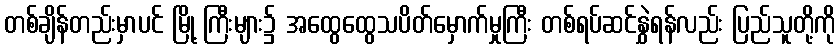
တစ်ချိန်တည်းမှာပင် မြို့ ကြီးများ၌ အထွေထွေသပိတ်မှောက်မှုကြီး တစ်ရပ်ဆင်နွှဲရန်လည်း ပြည်သူတို့ကို